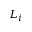
L _ { i }